Leaving Certificate Examination (including Day School Certificate (Higher) General paper), 1936
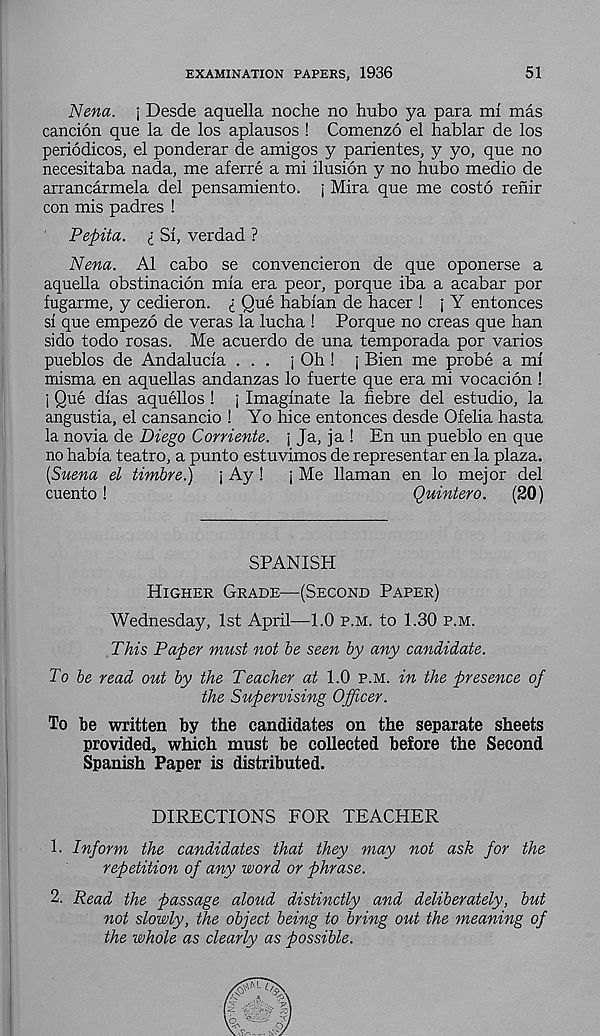
EXAMINATION PAPERS, 1936
51
Nena. j Desde aquella noche no hubo ya para mi mas
cancion que la de los aplausos ! Comenzo el hablar de los
periodicos, el ponderar de amigos y parientes, y yo, que no
necesitaba nada, me aferre a mi ilusion y no hubo medio de
arrancarmela del pensamiento. j Mira que me costo renir
con mis padres !
Pefiita. i Si, verdad ?
Nena. A1 cabo se convencieron de que oponerse a
aquella obstinacion mia era peor, porque iba a acabar por
fugarme, y cedieron. i Que habian de hacer ! j Y entonces
si que empezo de veras la lucha ! Porque no creas que ban
sido todo rosas. Me acuerdo de una temporada por varies
pueblos de Andalucia ... j Oh ! j Bien me probe a mi
misma en aquellas andanzas lo fuerte que era mi vocacion !
j Que dias aquellos ! j Imaginate la fiebre del estudio, la
angustia, el cansancio ! Yo bice entonces desde Ofelia hasta
la no via de Diego Corriente. j Ja, ja ! En un pueblo en que
no habia teatro, a punto estuvimos de representar en la plaza.
[Suena el timbre.)
j Ay !
j Me Hainan en lo mejor del
cuento!
Quintero.
(20)
SPANISH
Higher Grade—(Second Paper)
Wednesday, 1st April—1.0 p.m. to 1.30 p.m.
This Paper must not be seen by any candidate.
To be read out by the Teacher at 1.0 p.m. in the presence of
the Supervising Officer.
To be written by the candidates on the separate sheets
provided, which must be collected before the Second
Spanish Paper is distributed.
DIRECTIONS FOR TEACHER
1. Inform the candidates that they may not ask for the
repetition of any word or phrase.
2. Read the passage aloud distinctly and deliberately, but
not slowly, the object being to bring out the meaning of
the whole as clearly as possible.